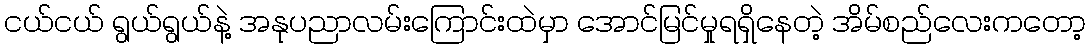
ငယ်ငယ် ရွယ်ရွယ်နဲ့ အနုပညာလမ်းကြောင်းထဲမှာ အောင်မြင်မှုရရှိနေတဲ့ အိမ်စည်လေးကတော့